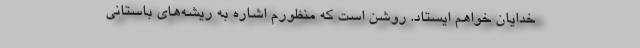
خدایان خواهم ایستاد. روشن است که منظورم اشاره به ریشه‌های باستانی